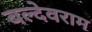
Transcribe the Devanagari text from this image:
बल्देवराम